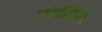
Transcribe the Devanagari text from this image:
जोखिम्